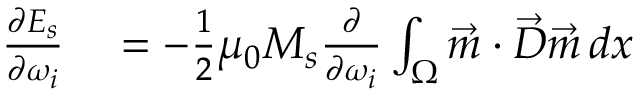
\begin{array} { r l } { \frac { \partial E _ { s } } { \partial \omega _ { i } } } & { { } = - \frac { 1 } { 2 } \mu _ { 0 } M _ { s } \frac { \partial } { \partial \omega _ { i } } \int _ { \Omega } \vec { m } \cdot \vec { D } \vec { m } \, d x } \end{array}